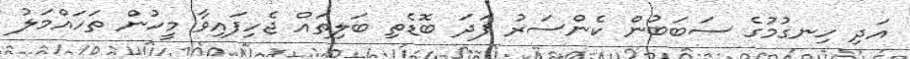
އަދި ހިނގުމުގެ ސަބަބުން ކެންސަރު ފަދަ ބޮޑެތި ބަލިތައް ޖެހިފައިވާ މީހުން ތަހައްމަލު